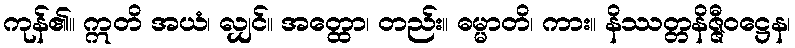
ကုန်၏။ ဣတိ အယံ၊ လျှင်။ အတ္ထော၊ တည်း။ ဓမ္မာတိ၊ ကား။ နိဿတ္တနိဇ္ဇီဝဋ္ဌေန၊